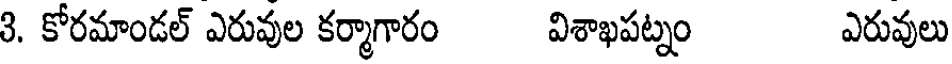
3. కోరమాండల్ ఎరువుల కర్మాగారం విశాఖపట్నం ఎరువులు